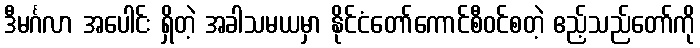
ဒီမင်္ဂလာ အပေါင်း ရှိတဲ့ အခါသမယမှာ နိုင်ငံတော်ကောင်စီဝင်စတဲ့ ဧည့်သည်တော်ကို